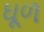
ઘૂળ